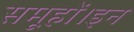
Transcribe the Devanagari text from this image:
समूहों।इन